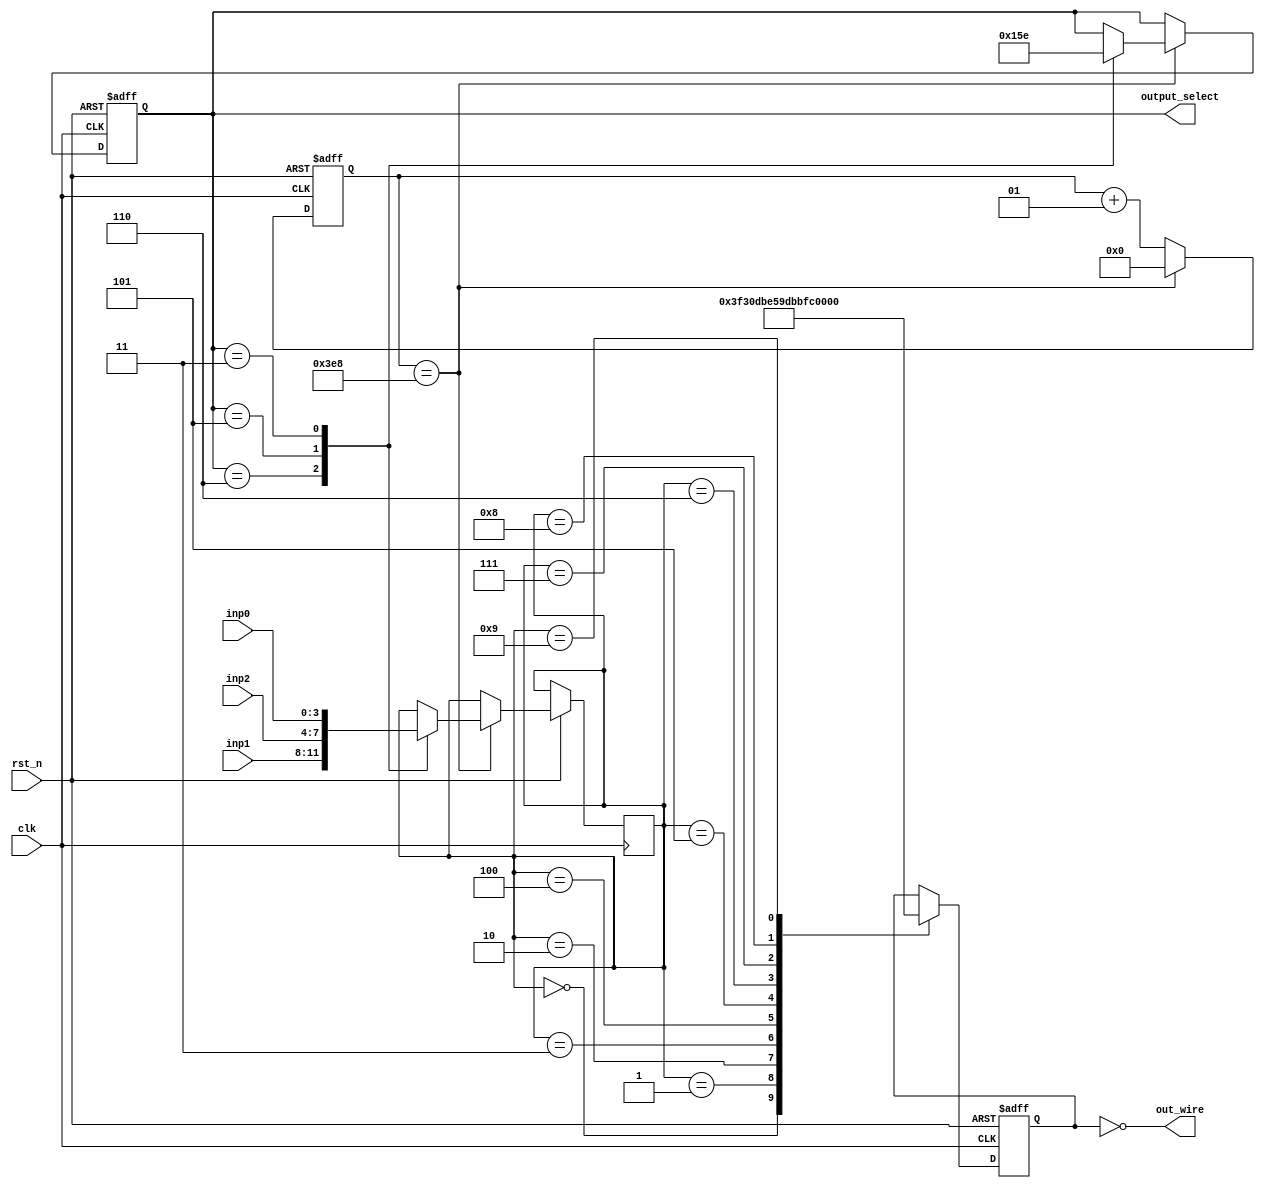
module mySevenSegment(
	input clk,
	input rst_n,
    input [3:0] inp0,
	 input [3:0] inp1,
	 input [3:0] inp2,
    output [6:0] out_wire,
	 output reg [2:0] output_select
    );
	 
	 reg [6:0] out;
	 integer output_select_loop;
	 reg[3:0] inp;
	 integer counter;
	 
	 assign out_wire = ~out;
	 always @(posedge clk or negedge rst_n)
	 begin
		if (~rst_n)
		begin
			out <= 7'b0;
			output_select<=3'b110;
			counter<=0;
		end
		else
		begin
			counter<= counter + 1;
			if (counter == 1000)
			begin
				counter <= 0;
				case(output_select)
				3'b110:
				begin
					output_select<= 3'b101;
					inp<= inp1;
				end
				
				3'b101:
				begin
					output_select<= 3'b011;
					inp<= inp2;
				end
				
				3'b011:
				begin
					output_select<= 3'b110;
					inp<= inp0;
				end
				endcase
			end
			case (inp)
						4'd0:out <= 7'b1111110;
						4'd1:out <= 7'b0110000;
						4'd2:out <= 7'b1101101;
						4'd3:out <= 7'b1111001;
						4'd4:out <= 7'b0110011;
						4'd5:out <= 7'b1011011;
						4'd6:out <= 7'b1011111;
						4'd7:out <= 7'b1110000;
						4'd8:out <= 7'b1111111;
						4'd9:out <= 7'b1111011;
			endcase
		end
	end

endmodule